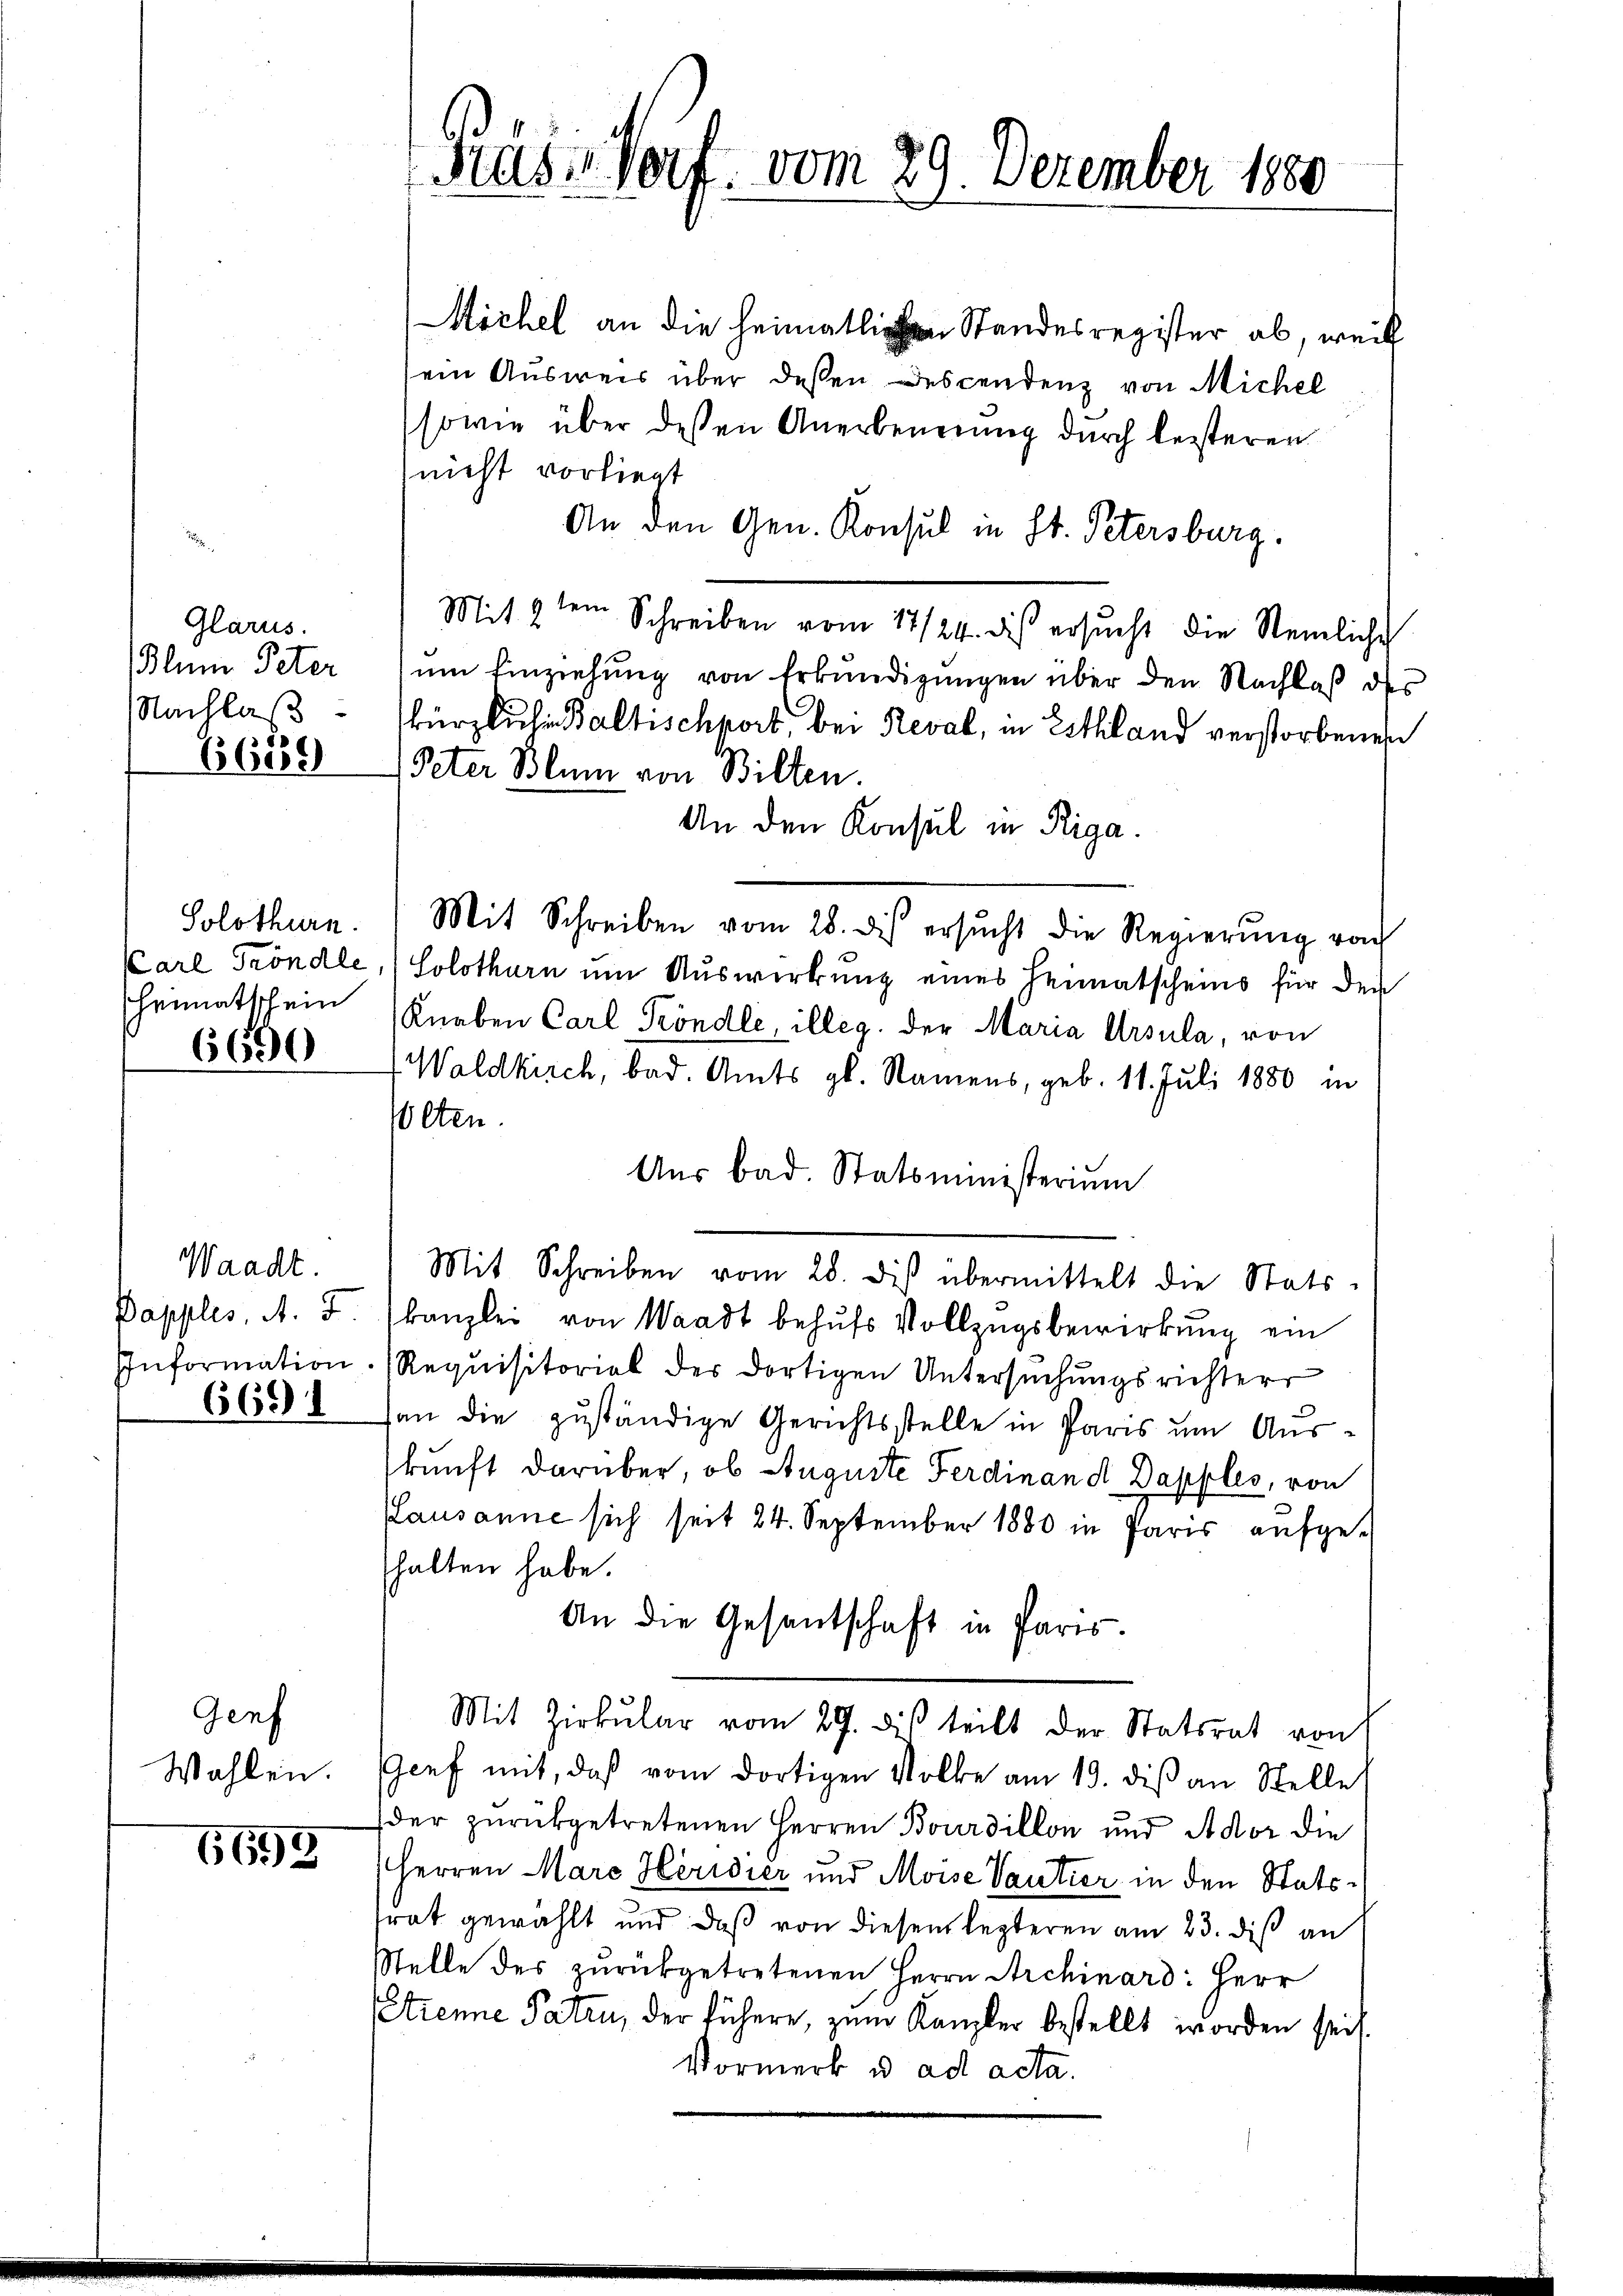
Glarus.
lum Peter
Nachlaß

6689

Solothurn.
heimatschein

6690

Waadt.
Dapples, A. 5
Information

6651

Genf
Wahlen.

6699

Hasi Vorf. vom 29. Dezember 1880

Michel an die heimallen Standesregister ab, weil
ein Ausweis über dessen Descendenz von Michel
sowie über dessen Anerbenerung durch leisteren
nicht vorliegt
An den Gen. Konsul in St. Petersburg.
Mit 2 ten Schreiben vom 17/24. des ersŭcht die Steinliche
um Einziehung von Erkundigungen über den Nachlaß des
kürzlichen Baltischport, bei Reval, in Esthland verstorbenen
Peter Blum von Bilten.
An den Konsul in Riga
Mit Schreiben vom 28. des ersŭcht die Regierŭng von
Carl Tröndle,) Solothurn um Auswirkung eines Heimatscheins für den
(Kürben Carl Fröndle, illeg. der Maria Ursula, von
Waldkirch, bad. Amts gl. Namens, geb. 11. Juli 1880 in
olten.
Aus bad. Statsministerium
Mit Schreiben vom 28. dis übermittelt die Stats-
kanzlei von Waadt behufs Vollzugsbewirkung ein
Requisitorial der dortigen Untersŭchŭngsrichter
san die zuständige Gerichtsstelle in Paris um Auskunft darüber, ob Auguste Ferdinand Dapples, von
Pausanne sich seit 24. September 1880 in Paris aufgeshalten habe.
An die Gesantschaft in Paris.
Mit Zirkŭlar vom 29. dis teilt der Statsrat von
Genf mit, daß vom dortigen Volke am 19. diβ an Stelle
der zurückgetretenen Herren Bourdillon und Ador die
Herren Marc Heridier und Moise Vautier in den Statsfrat gewählt und daß von diesem lezteren am 23. diß an
Stelle des zŭrückgetretenen Herrn Archinard: Herr
Strenne Paten, der führere, zum Kanzler bestellt worden sei.
Vormerk u. ad acta.